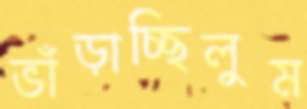
ভাঁড়াচ্ছিলুম